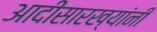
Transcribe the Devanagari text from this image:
आदींसारख्यांनी